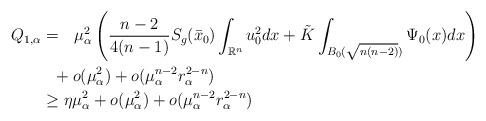
\begin{align*} Q_{1,\alpha} &=~~\mu_\alpha^2 \left(\frac{n-2}{4(n-1)} S_g(\bar{x}_0) \int_{\mathbb{R}^n} u_0^2 dx+\tilde{K}\int_{B_0(\sqrt{n(n-2)})} \Psi_0(x) dx \right) \\ &~~+o(\mu_\alpha^2)+o(\mu_\alpha^{n-2}r_\alpha^{2-n})\\ &\geq \eta \mu_\alpha^2 +o(\mu_\alpha^2)+o(\mu_\alpha^{n-2}r_\alpha^{2-n}) \end{align*}